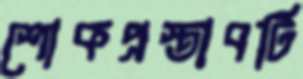
শোকপ্রস্তাবটি